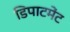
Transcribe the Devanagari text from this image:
डिपाटमेंट